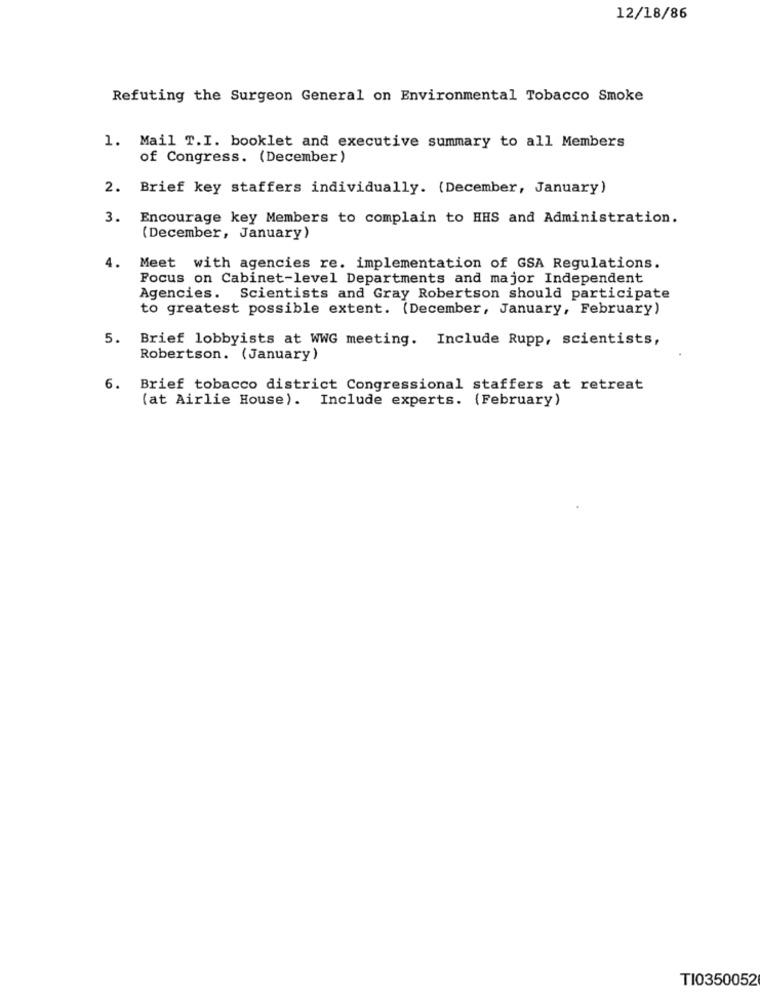
12/18/86
Refuting the Surgeon General on Environmental Tobacco Smoke
1. Mail T.I. booklet and executive summary to all Members
of Congress. (December)
2. Brief key staffers individually. (December, January)
3.
Encourage key Members to complain to HHS and Administration.
(December, January)
Meet with agencies re. implementation of GSA Regulations.
Focus on Cabinet-level Departments and major Independent
Agencies. Scientists and Gray Robertson should participate
to greatest possible extent. (December, January, February)
5. Brief lobbyists at WWG meeting. Include Rupp, scientists,
Robertson. (January)
6. Brief tobacco district Congressional staffers at retreat
(at Airlie House). Include experts. (February)
TI0350052